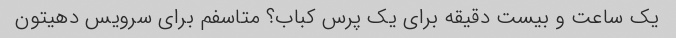
یک ساعت و بیست دقیقه برای یک پرس کباب؟ متاسفم برای سرویس دهیتون